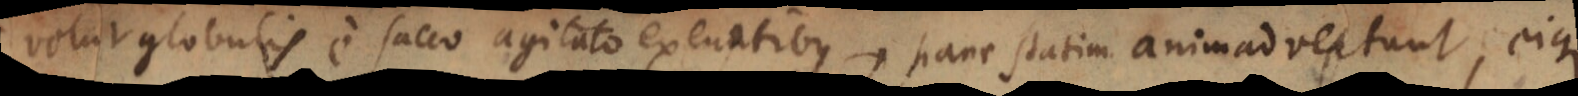
velut globulis e sacco agitato exeuntibus, hanc statim animadvertunt, eique